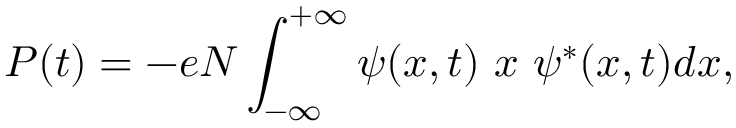
P ( t ) = - e N \int _ { - \infty } ^ { + \infty } \psi ( x , t ) \ x \ \psi ^ { * } ( x , t ) d x ,